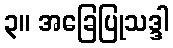
၃။ အခြေပြုသဒ္ဒါ